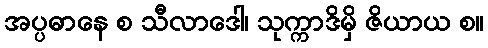
အပ္ပဓာနေ စ သီလာဒေါ၊ သုက္ကာဒိမှိ ဇိယာယ စ။